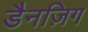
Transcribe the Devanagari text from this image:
डैनज़िग